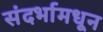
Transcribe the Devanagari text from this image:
संदर्भामधून